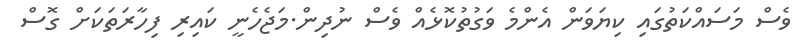
ވެސް މަސައްކަތުގައި ކިޔަވަން އެންމެ ވަގުތުކޮޅެއް ވެސް ނުދިން.މަޖެހެނީ ކައިރި ފިހާރަތަކަށް ގޮސް